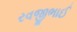
રવજીભાઈ